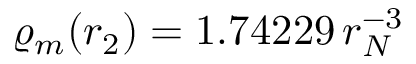
\varrho _ { m } ( r _ { 2 } ) = 1 . 7 4 2 2 9 \, r _ { N } ^ { - 3 }